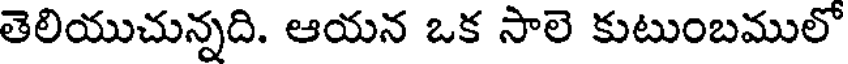
తెలియుచున్నది. ఆయన ఒక సాలె కుటుంబములో